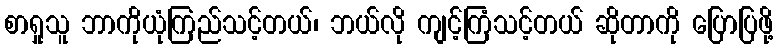
စာရှုသူ ဘာကိုယုံကြည်သင့်တယ်၊ ဘယ်လို ကျင့်ကြံသင့်တယ် ဆိုတာကို ပြောပြဖို့